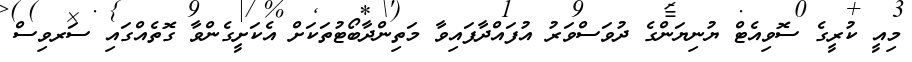
މިއީ ކުރީގެ ސޮވިއެޓް ޔުނިޔަންގެ ދުވަސްވަރު އުފައްދާފައިވާ މަތިންދާބޯޓުތަކަށް އެކަށީގެންވާ ގޮތެއްގައި ސަރވިސް